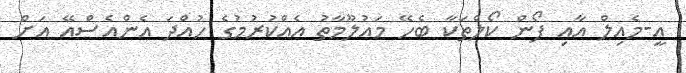
އީ-މެއިލް އާއި ފޯން ކޯލްތަކާ ބެހޭ މައުލޫމާތު އެއްކުރުމުގެ ހުއްދަ އެންއެސްއޭ އަށް